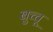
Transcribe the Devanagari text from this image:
बुच्चू